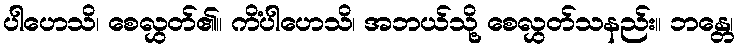
ပါဟေသိ၊ စေလွှတ်၏။ ကိံပါဟေသိ၊ အဘယ်သို့ စေလွှတ်သနည်း။ ဘန္တေ၊